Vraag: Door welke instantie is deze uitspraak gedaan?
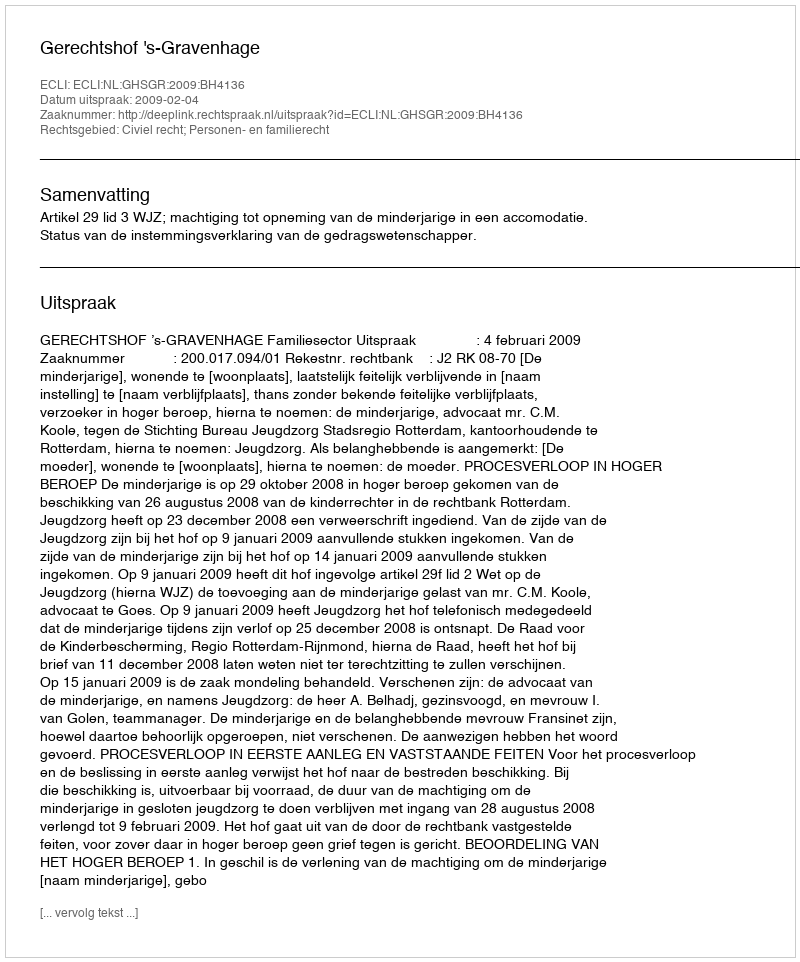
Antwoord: Gerechtshof 's-Gravenhage